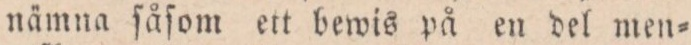
nämna ſåſom ett bewis på en del men=